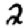
Digit: 2